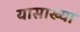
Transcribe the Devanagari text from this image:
यासाख्या